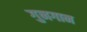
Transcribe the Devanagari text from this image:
गुनगान